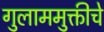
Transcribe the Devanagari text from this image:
गुलाममुक्तीचे